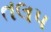
તલપ